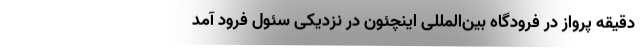
دقیقه پرواز در فرودگاه بین‌المللی اینچئون در نزدیکی سئول فرود آمد